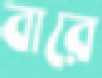
বারে